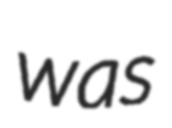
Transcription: was